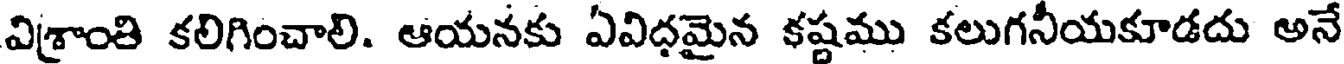
విశ్రాంతి కలిగించాలి. ఆయనకు ఏవిధమైన కష్టము కలుగనీయకూడదు అనే